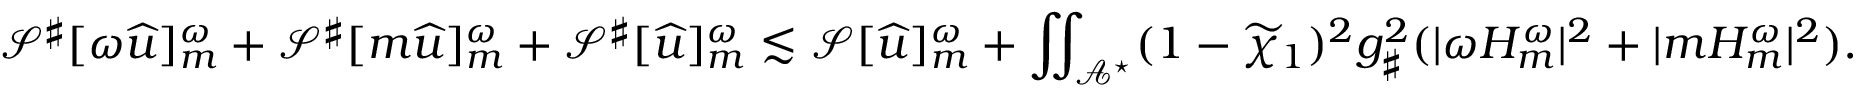
\mathcal { S } ^ { \sharp } [ \omega { \widehat { u } } ] _ { m } ^ { \omega } + \mathcal { S } ^ { \sharp } [ m { \widehat { u } } ] _ { m } ^ { \omega } + \mathcal { S } ^ { \sharp } [ { \widehat { u } } ] _ { m } ^ { \omega } \lesssim \mathcal { S } [ { \widehat { u } } ] _ { m } ^ { \omega } + \iint _ { \mathcal { A } ^ { \star } } ( 1 - \widetilde { \chi } _ { 1 } ) ^ { 2 } g _ { \sharp } ^ { 2 } ( | \omega H _ { m } ^ { \omega } | ^ { 2 } + | m H _ { m } ^ { \omega } | ^ { 2 } ) .